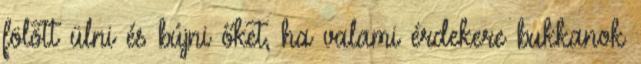
fölött ülni és bújni őket, ha valami érdekere bukkanok